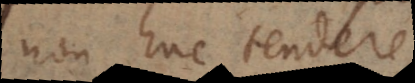
non huc tendere,